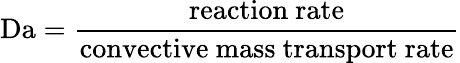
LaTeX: \mathrm{Da}={\frac{\mathrm{reaction~rate}}{\mathrm{convective~mass~transport~rate}}}